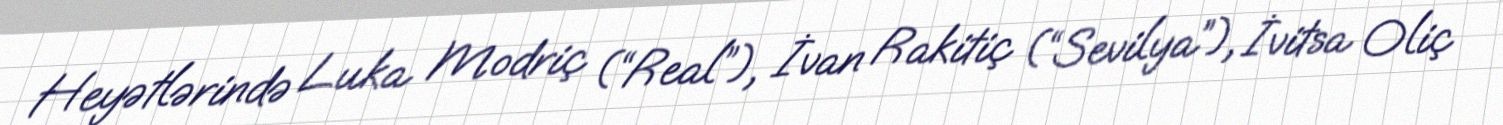
Heyətlərində Luka Modriç (“Real”), İvan Rakitiç (“Sevilya”), İvitsa Oliç